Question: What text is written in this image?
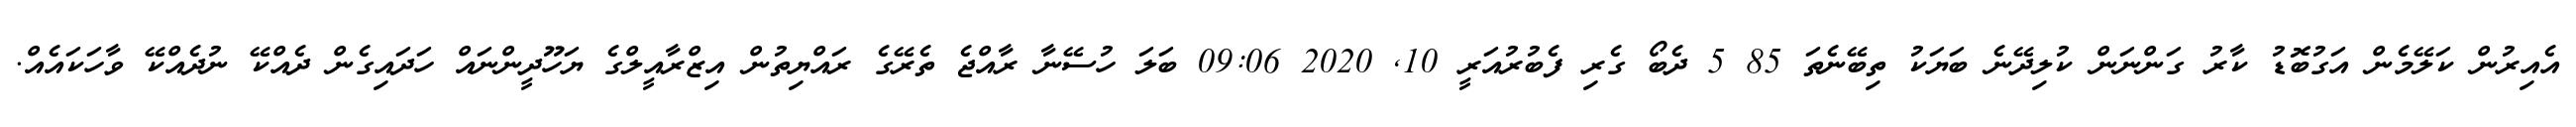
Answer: އެއިރުން ކަލޭމެން އަގުބޮޑު ކާރު ގަންނަން ކުލިދޭނެ ބަޔަކު ތިބޭނެތަ 85 5 ދެބޯ ގެރި ފެބުރުއަރީ 10, 2020 09:06 ބަލަ ހުސޭނާ ރާއްޖެ ތެރޭގެ ރައްޔިތުން އިޒްރާއީލްގެ ޔަހޫދީންނައް ހަދައިގެން ދެއްކޭ ނުދެއްކޭ ވާހަކައެއް.